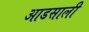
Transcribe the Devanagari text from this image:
आडसाली